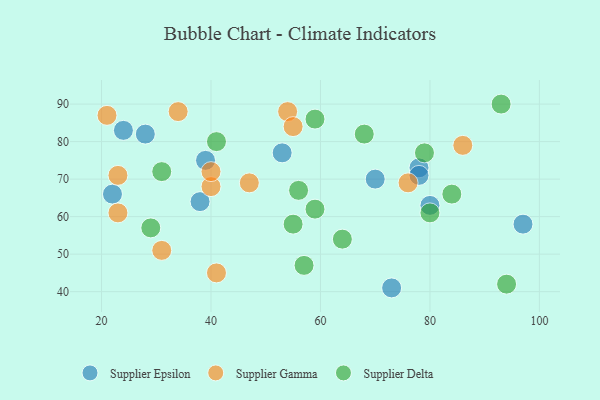
{"axis": {"x": "GDP", "y": "Life Expectancy"}, "legend": ["Supplier Delta", "Supplier Epsilon", "Supplier Gamma"], "data": [{"x": "78", "y": 73, "type": "Supplier Epsilon"}, {"x": "24", "y": 83, "type": "Supplier Epsilon"}, {"x": "80", "y": 63, "type": "Supplier Epsilon"}, {"x": "22", "y": 66, "type": "Supplier Epsilon"}, {"x": "78", "y": 71, "type": "Supplier Epsilon"}, {"x": "28", "y": 82, "type": "Supplier Epsilon"}, {"x": "53", "y": 77, "type": "Supplier Epsilon"}, {"x": "97", "y": 58, "type": "Supplier Epsilon"}, {"x": "38", "y": 64, "type": "Supplier Epsilon"}, {"x": "73", "y": 41, "type": "Supplier Epsilon"}, {"x": "39", "y": 75, "type": "Supplier Epsilon"}, {"x": "70", "y": 70, "type": "Supplier Epsilon"}, {"x": "41", "y": 45, "type": "Supplier Gamma"}, {"x": "40", "y": 68, "type": "Supplier Gamma"}, {"x": "23", "y": 71, "type": "Supplier Gamma"}, {"x": "23", "y": 61, "type": "Supplier Gamma"}, {"x": "76", "y": 69, "type": "Supplier Gamma"}, {"x": "21", "y": 87, "type": "Supplier Gamma"}, {"x": "34", "y": 88, "type": "Supplier Gamma"}, {"x": "31", "y": 51, "type": "Supplier Gamma"}, {"x": "47", "y": 69, "type": "Supplier Gamma"}, {"x": "86", "y": 79, "type": "Supplier Gamma"}, {"x": "54", "y": 88, "type": "Supplier Gamma"}, {"x": "40", "y": 72, "type": "Supplier Gamma"}, {"x": "55", "y": 84, "type": "Supplier Gamma"}, {"x": "29", "y": 57, "type": "Supplier Delta"}, {"x": "31", "y": 72, "type": "Supplier Delta"}, {"x": "79", "y": 77, "type": "Supplier Delta"}, {"x": "59", "y": 86, "type": "Supplier Delta"}, {"x": "59", "y": 62, "type": "Supplier Delta"}, {"x": "41", "y": 80, "type": "Supplier Delta"}, {"x": "80", "y": 61, "type": "Supplier Delta"}, {"x": "57", "y": 47, "type": "Supplier Delta"}, {"x": "93", "y": 90, "type": "Supplier Delta"}, {"x": "84", "y": 66, "type": "Supplier Delta"}, {"x": "64", "y": 54, "type": "Supplier Delta"}, {"x": "55", "y": 58, "type": "Supplier Delta"}, {"x": "94", "y": 42, "type": "Supplier Delta"}, {"x": "56", "y": 67, "type": "Supplier Delta"}, {"x": "68", "y": 82, "type": "Supplier Delta"}]}